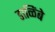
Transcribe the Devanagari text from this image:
डाळिंबे